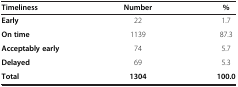
| Timeliness | Number | % |
 | --- | --- | --- |
 | Early | 22 | 1.7 |
 | On time | 1139 | 87.3 |
 | Acceptably early | 74 | 5.7 |
 | Delayed | 69 | 5.3 |
 | Total | 1304 | 100.0 |